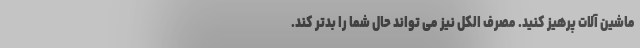
ماشین آلات پرهیز کنید. مصرف الکل نیز می تواند حال شما را بدتر کند.